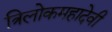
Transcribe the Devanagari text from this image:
त्रिलोकमहादेवी